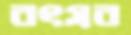
বৎসর